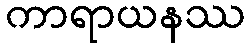
ကာရာယနဿ